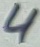
Text: 4